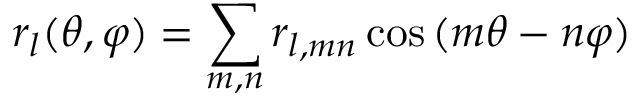
r _ { l } ( \theta , \varphi ) = \sum _ { m , n } r _ { l , m n } \cos { ( m \theta - n \varphi ) }